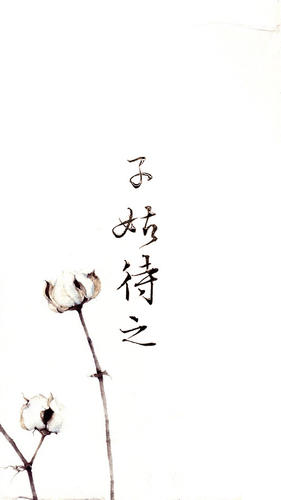
特上不以为政，而士不以为行故也。